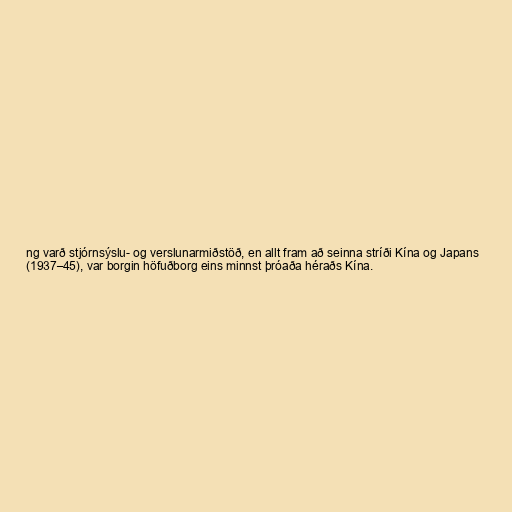
ng varð stjórnsýslu- og verslunarmiðstöð, en allt fram að seinna stríði Kína og Japans
(1937–45), var borgin höfuðborg eins minnst þróaða héraðs Kína.